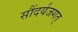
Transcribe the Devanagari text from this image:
सौंदर्यजगत्